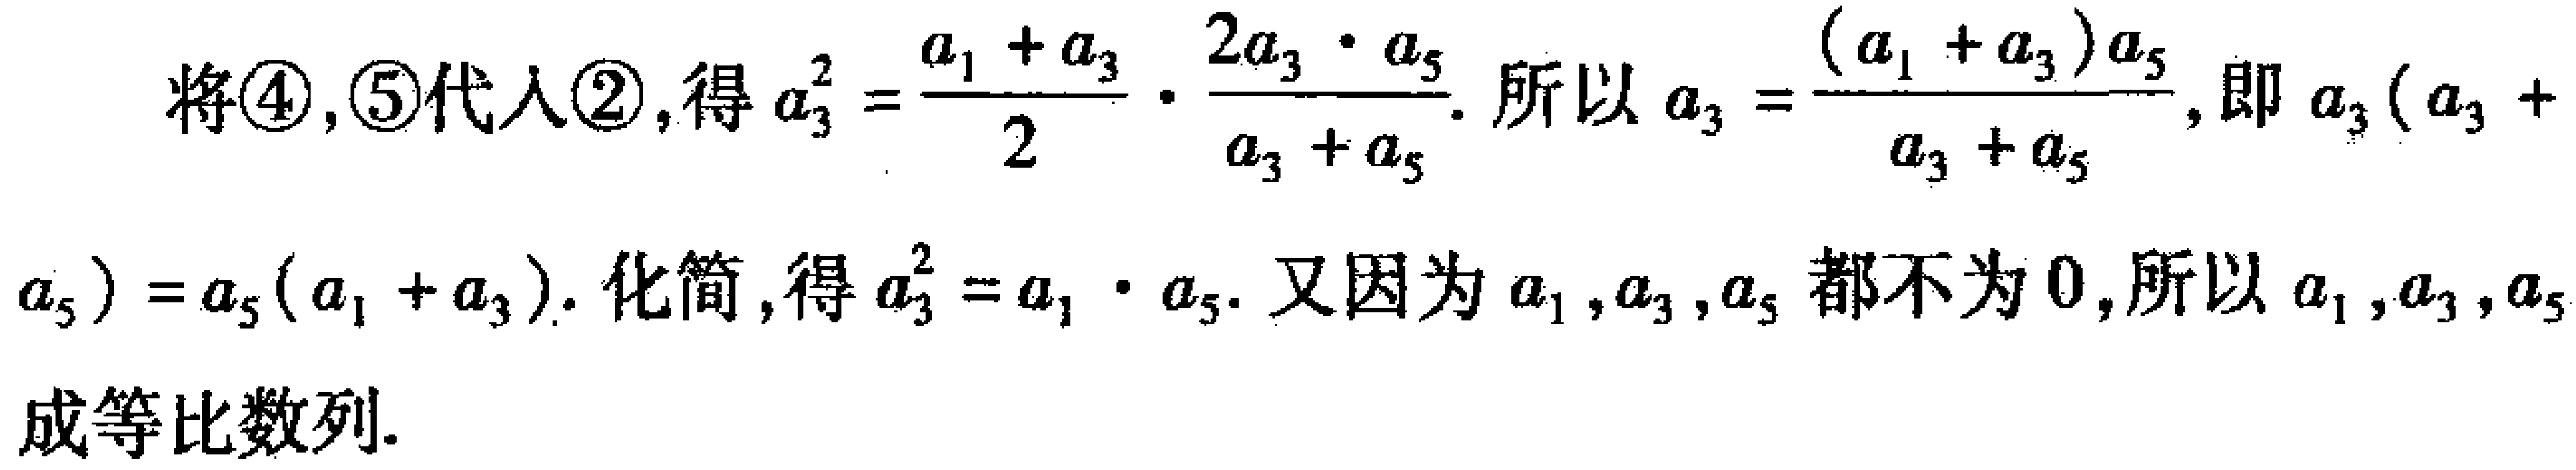
将\textcircled{4}, \textcircled{5}代入\textcircled{2}, 得\(a_{3}^{2}=\frac{a_{1} + a_{3}}{2}\cdot\frac{2a_{3}\cdot a_{5}}{a_{3} + a_{5}}\). 所以\(a_{3}=\frac{(a_{1} + a_{3})a_{5}}{a_{3} + a_{5}}\), 即\(a_{3}(a_{3} + a_{5}) = a_{5}(a_{1} + a_{3})\). 化简, 得\(a_{3}^{2}=a_{1}\cdot a_{5}\). 又因为\(a_{1}, a_{3}, a_{5}\)都不为\(0\), 所以\(a_{1}, a_{3}, a_{5}\)成等比数列.